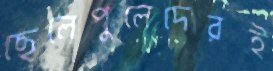
ছেলেপুলেদেরই